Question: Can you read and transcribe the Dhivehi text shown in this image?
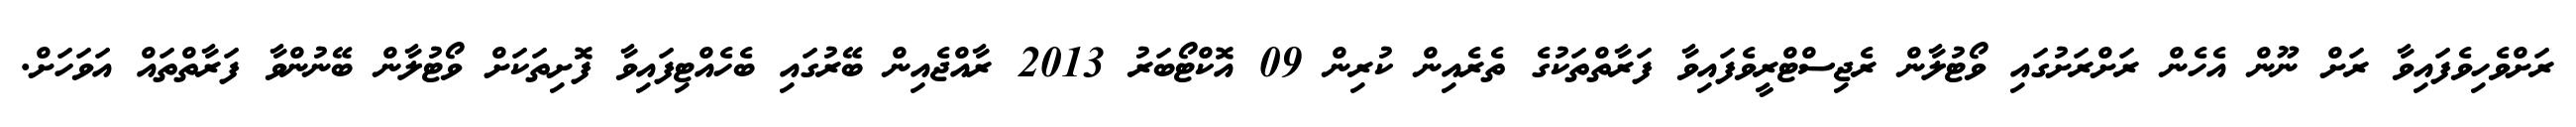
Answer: ރަށްވެހިވެފައިވާ ރަށް ނޫން އެހެން ރަށްރަށުގައި ވޯޓުލާން ރެޖިސްޓްރީވެފައިވާ ފަރާތްތަކުގެ ތެރެއިން ކުރިން 09 އޮކްޓޯބަރު 2013 ރާއްޖެއިން ބޭރުގައި ބެހެއްޓިފައިވާ ފޮށިތަކަށް ވޯޓުލާން ބޭނުންވާ ފަރާތްތައް އަވަހަށް.